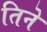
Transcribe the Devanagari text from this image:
तिनेे